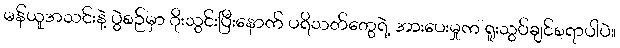
မန်ယူအသင်းနဲ့ ပွဲစဉ်မှာ ဂိုးသွင်းပြီးနောက် ပရိသတ်တွေရဲ့ အားပေးမှုက ရူးသွပ်ချင်စရာပါပဲ။